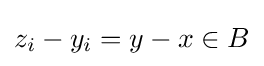
z_{i}-y_{i}=y-x\in B